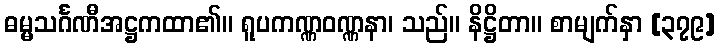
ဓမ္မသင်္ဂဏီအဋ္ဌကထာ၏။ ရူပကဏ္ဏဝဏ္ဏနာ၊ သည်။ နိဋ္ဌိတာ။ စာမျက်နှာ [၃၇၉]